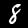
Label: 8